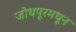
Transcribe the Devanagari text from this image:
जोधपूरमधून